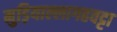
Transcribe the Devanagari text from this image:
मुड़ियाल्लागहवट्टा